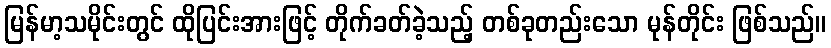
မြန်မာ့သမိုင်းတွင် ထိုပြင်းအားဖြင့် တိုက်ခတ်ခဲ့သည့် တစ်ခုတည်းသော မုန်တိုင်း ဖြစ်သည်။